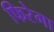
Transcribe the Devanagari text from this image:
फिरेगा